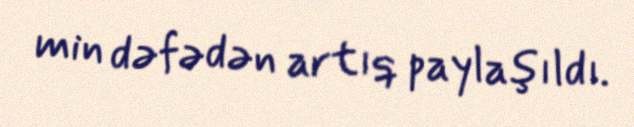
min dəfədən artıq paylaşıldı.